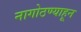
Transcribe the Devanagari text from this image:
नागोठण्याहून